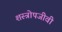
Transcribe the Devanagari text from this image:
शस्त्रोपजीवी